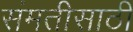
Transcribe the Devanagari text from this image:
संमतीसाठी